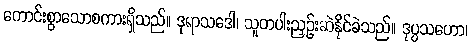
ကောင်းစွာသောစကားရှိသည်။ ဒုရာသဒေါ၊ သူတပါးညှဉ်းဆဲနိုင်ခဲသည်။ ဒုပ္ပသဟော၊